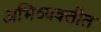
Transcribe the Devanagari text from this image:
अभिव्यक्तीत